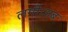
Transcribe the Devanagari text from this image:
लगी।अब